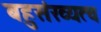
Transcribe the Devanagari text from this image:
बहुसंख्यत्व